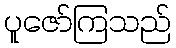
ပူဇော်ကြသည်